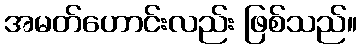
အမတ်ဟောင်းလည်း ဖြစ်သည်။